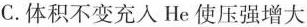
C.体积不变充入He使压强增大